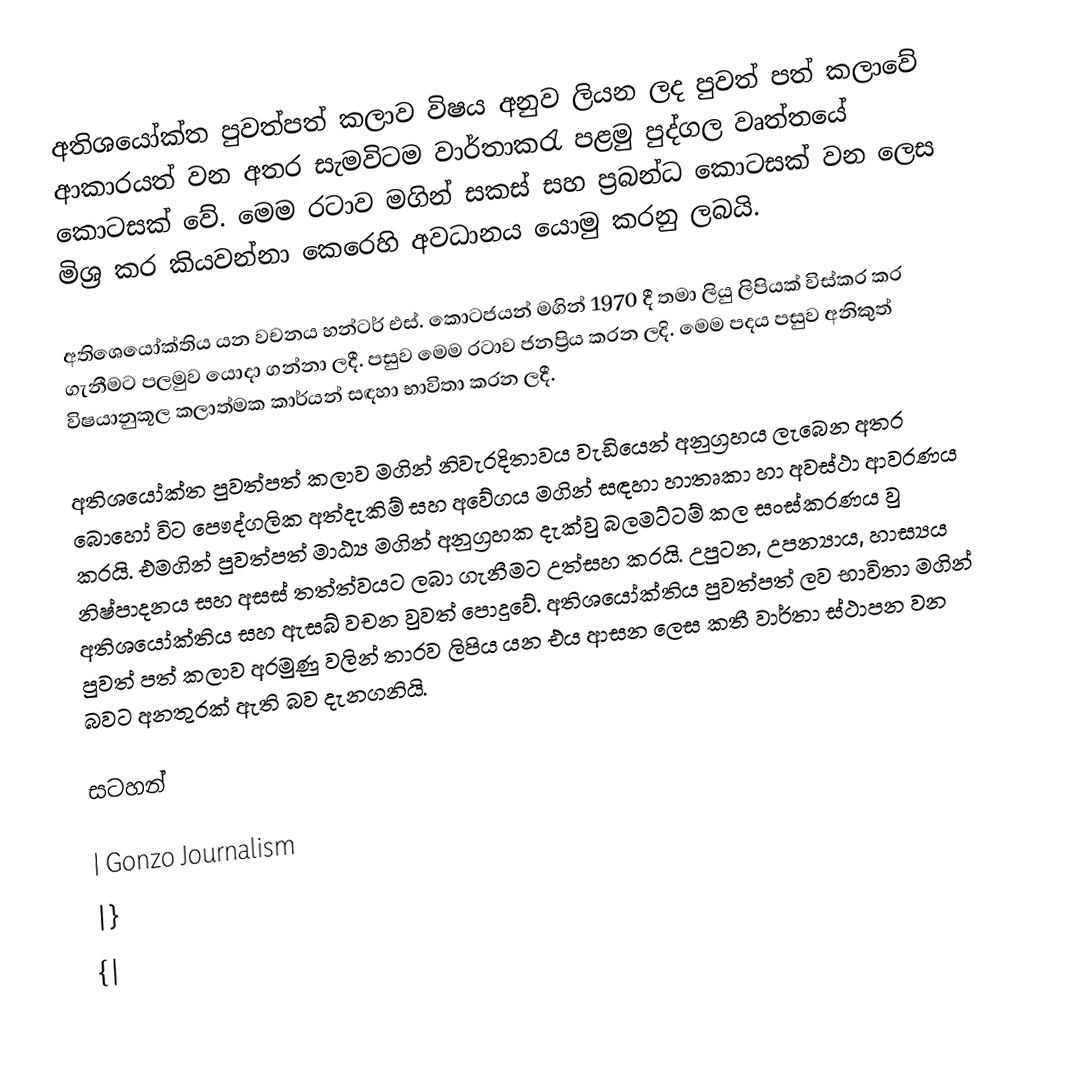
අති‍ශයෝක්ත පුවත්පත් කලාව විෂය අනුව ලියන ලද පුවත් පත් කලාවේ ආකාරයත් වන අතර සැමවිටම වාර්තාකරැ පළමු පුද්ගල වෘත්තයේ කොටසක් වේ. මෙම රටාව මගින් සකස් සහ ප්‍රබන්ධ කොටසක් වන ලෙස මිශ්‍ර කර කියවන්නා කෙරෙහි අවධානය යොමු කරනු ලබයි.

අතිශෙයෝක්තිය යන වචනය හන්ටර් එස්. කොටජයන් මගින් 1970 දී තමා ලියු ලිපියක් විස්කර කර ගැනීමට පලමුව යොදා ගන්නා ලදී. පසුව මෙම රටාව ජනප්‍රිය කරන ලදි. මෙම පදය පසුව අනිකුත් විෂයානුකූල කලාත්මක කාර්යන් සඳහා භාවිතා කරන ලදී.

අතිශයෝක්ත පුවත්පත් කලාව මගින් නිවැරදිතාවය වැඩියෙන් අනුග්‍රහය ලැබෙන අතර බොහෝ විට පෞද්ගලික අත්දැකිම් සහ අවේගය මගින් සඳහා හාතෘකා හා අවස්ථා ආවරණය කරයි.  එමගින් පුවත්පත් මාඨ්‍ය මගින් අනුග්‍රහක දැක්වු බලමට්ටම් කල සංස්කරණය වු නිෂ්පාදනය සහ අසස් තත්ත්වයට ලබා ගැනීමට උත්සහ කරයි. උපුටන, උපන්‍යාය, හාස්‍යය අති‍ශයෝක්තිය සහ ඇසබ් වචන වුවත් පොදුවේ. අති‍ශයෝක්තිය පුවත්පත් ලව භාවිතා මගින් පුවත් පත් කලාව අරමුණු වලින් තාරව ලිපිය යන එය ආසන ලෙස කතී වාර්තා ස්ථාපන වන බවට අනතුරක් ඇති බව දැනගනියි.

සටහන්

| Gonzo Journalism
|}
{|